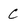
Character: C